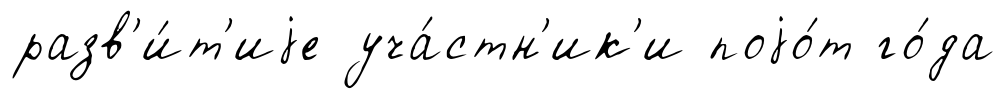
разв'и́т'иjе уча́стн'ик'и поjо́т го́да